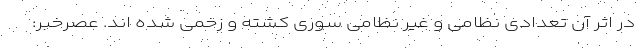
در اثر آن تعدادی نظامی و غیر نظامی سوری کشته و زخمی شده اند. عصرخبر: